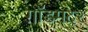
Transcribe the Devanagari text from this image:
ग़ॉडमदर